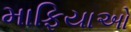
માફિયાઓ